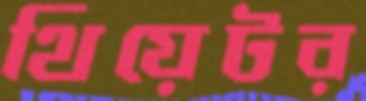
থিয়েটর